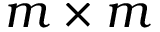
m \times m